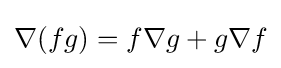
\nabla (fg)=f\nabla g+g\nabla f